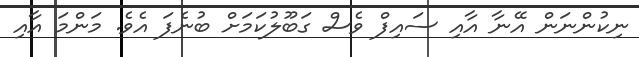
ނިކުންނަން އޭނާ އާއި ސައިފް ވެސް ގަބޫލުކަމަށް ބުނެފަ އެވެ. މަންމަ އާއި